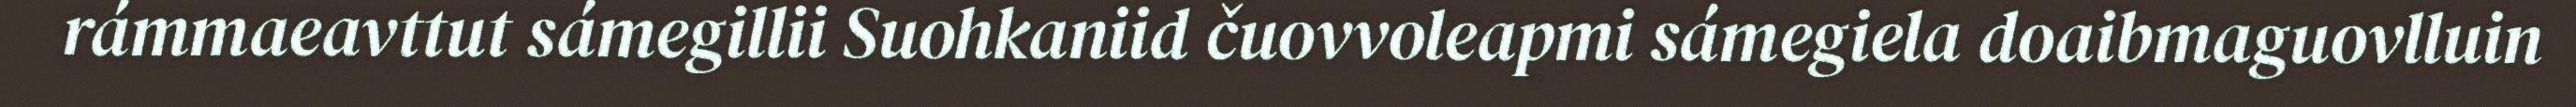
rámmaeavttut sámegillii Suohkaniid čuovvoleapmi sámegiela doaibmaguovlluin